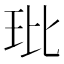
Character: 玭